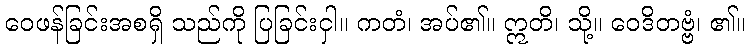
ဝေဖန်ခြင်းအစရှိ သည်ကို ပြခြင်းငှါ။ ကတံ၊ အပ်၏။ ဣတိ၊ သို့။ ဝေဒိတဗ္ဗံ၊ ၏။